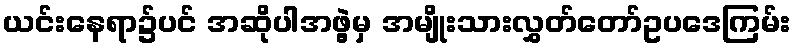
ယင်းနေရာ၌ပင် အဆိုပါအဖွဲ့မှ အမျိုးသားလွှတ်တော်ဥပဒေကြမ်း